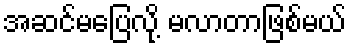
အဆင်မပြေလို့ မလာတာဖြစ်မယ်